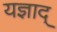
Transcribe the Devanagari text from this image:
यज्ञाद्‌